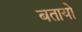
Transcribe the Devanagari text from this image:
बतायो